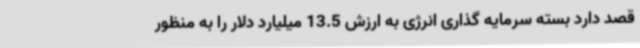
قصد دارد بسته سرمایه گذاری انرژی به ارزش 13.5 میلیارد دلار را به منظور